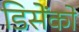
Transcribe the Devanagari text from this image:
डिसेंको